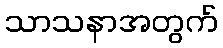
သာသနာအတွက်